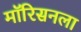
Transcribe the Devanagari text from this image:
मॉरिसनला